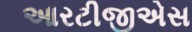
આરટીજીએસ